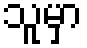
သူမှာ